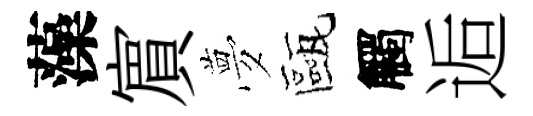
藻賔夢甌觸逅